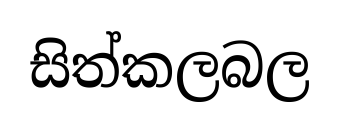
සිත්කලබල